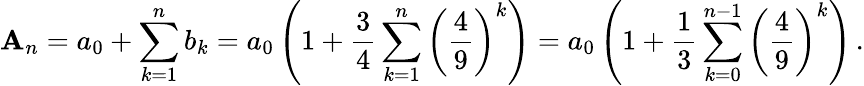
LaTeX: \mathbf{A}_{n}=a_{0}+\sum_{k=1}^{n}b_{k}=a_{0}\left(1+{\frac{{3}}{{4}}}\sum_{k=1}^{n}\left({\frac{{4}}{{9}}}\right)^{k}\right)=a_{0}\left(1+{\frac{{1}}{{3}}}\sum_{k=0}^{n-1}\left({\frac{{4}}{{9}}}\right)^{k}\right)\, .